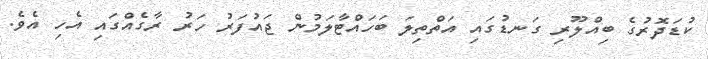
ކުޑަދޮރުގެ ބިއްލޫރި ގަނޑުގައި އަތްތިލަ ބަހައްޓާލަމުން ޖައުފަރު ހަރު ރާގެއްގައި އެހި އެވެ.